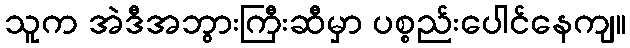
သူက အဲဒီအဘွားကြီးဆီမှာ ပစ္စည်းပေါင်နေကျ။